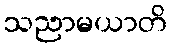
သညာမယာတိ